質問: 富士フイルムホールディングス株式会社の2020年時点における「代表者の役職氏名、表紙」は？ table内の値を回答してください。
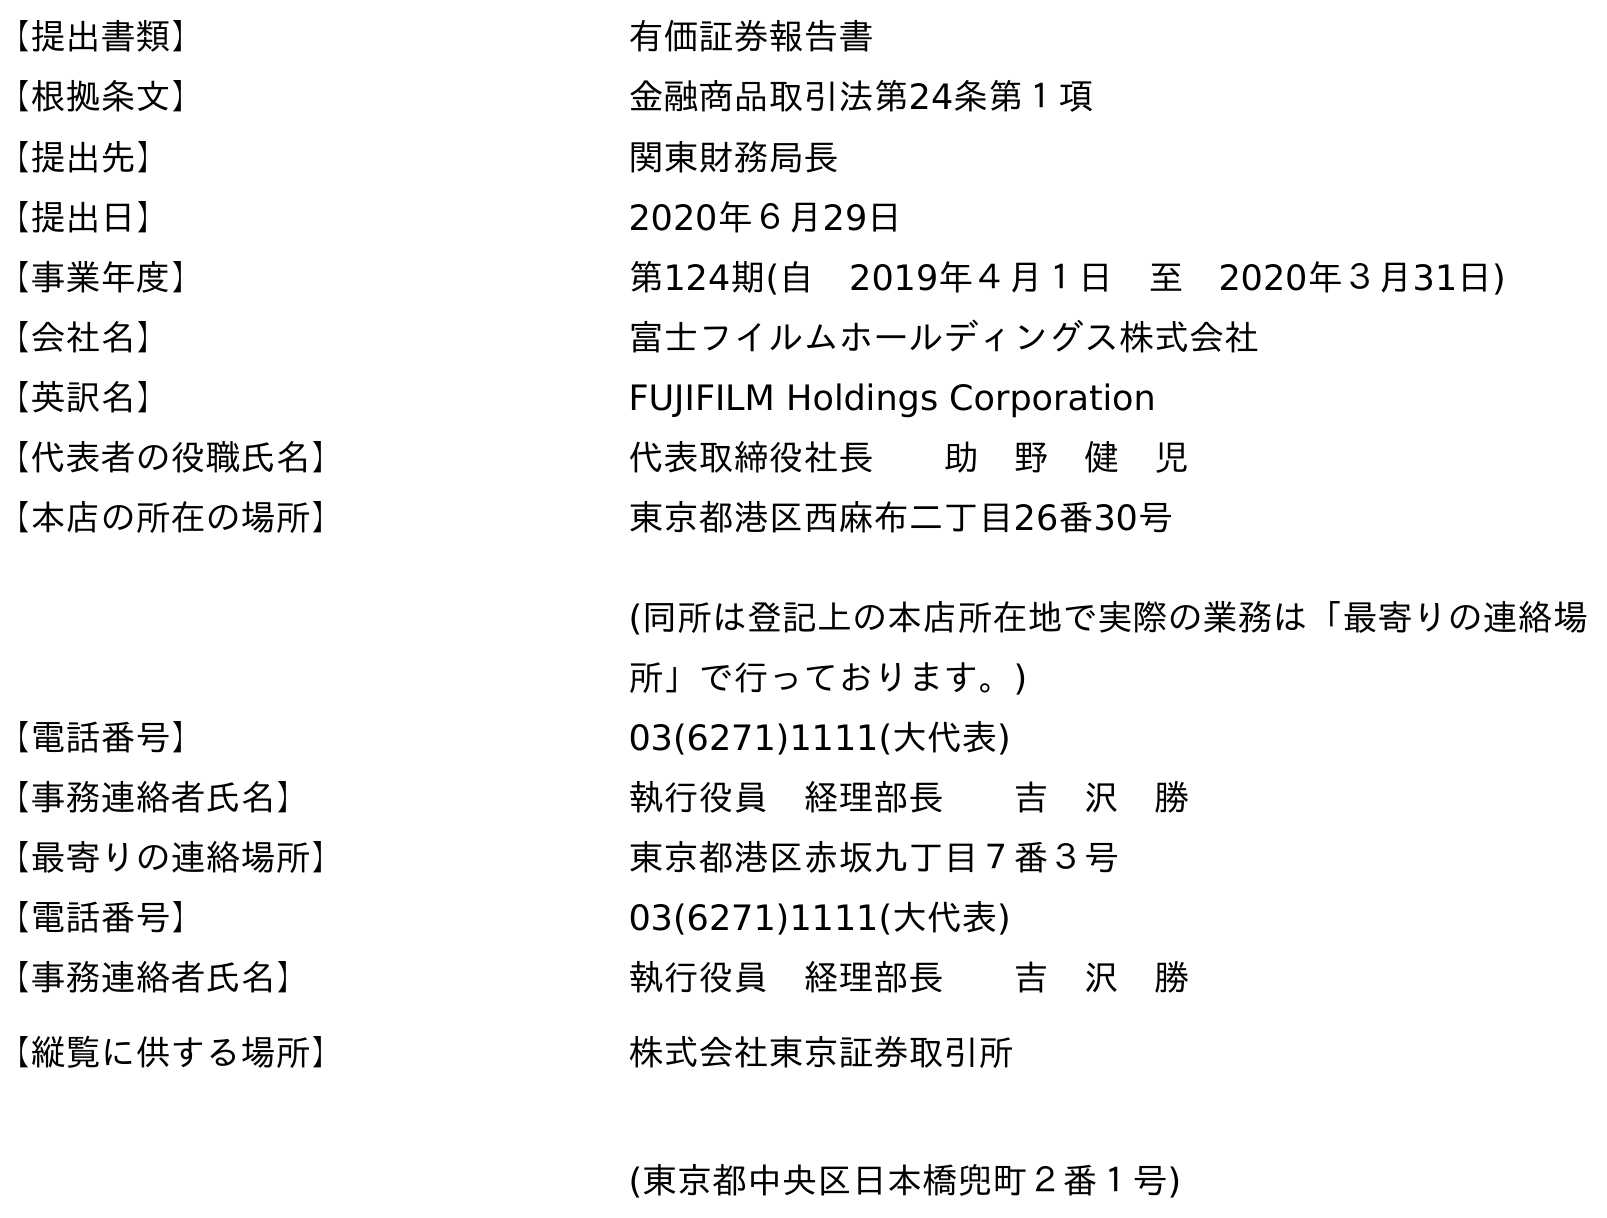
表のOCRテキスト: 【提出書類】 有価証券報告書 【根拠条文】 金融商品取引法第24条第１項 【提出先】 関東財務局長 【提出日】 2020年６月29日 【事業年度】 第124期(自 2019年４月１日 至 2020年３月31日) 【会社名】 富士フイルムホールディングス株式会社 【英訳名】 FUJIFILM Holdings Corporation 【代表者の役職氏名】 代表取締役社長  助 野 健 児 【本店の所在の場所】 東京都港区西麻布二丁目26番30号 (同所は登記上の本店所在地で実際の業務は「最寄りの連絡場 所」で行っております。) 【電話番号】 03(6271)1111(大代表) 【事務連絡者氏名】 執行役員 経理部長  吉 沢 勝 【最寄りの連絡場所】 東京都港区赤坂九丁目７番３号 【電話番号】 03(6271)1111(大代表) 【事務連絡者氏名】 執行役員 経理部長  吉 沢 勝 【縦覧に供する場所】 株式会社東京証券取引所 (東京都中央区日本橋兜町２番１号)
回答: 代表取締役社長助　野　健　児